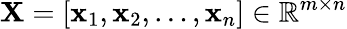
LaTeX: \mathbf{X}=[\mathbf{x}_{1},\mathbf{x}_{2},\ldots,\mathbf{x}_{n}]\in\mathbb{R}^{m\times n}